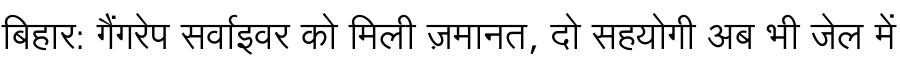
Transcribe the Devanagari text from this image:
बिहार: गैंगरेप सर्वाइवर को मिली ज़मानत, दो सहयोगी अब भी जेल में